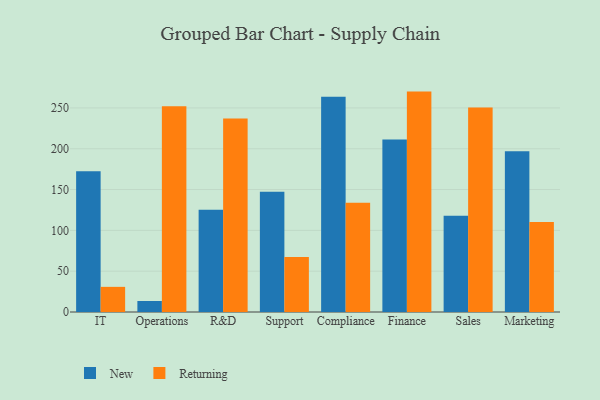
{"axis": {"x": "Department", "y": "Page Views"}, "legend": ["New", "Returning"], "data": [{"x": "IT", "y": 172.5, "type": "New"}, {"x": "IT", "y": 30.8, "type": "Returning"}, {"x": "Operations", "y": 13.5, "type": "New"}, {"x": "Operations", "y": 252.0, "type": "Returning"}, {"x": "R&D", "y": 125.4, "type": "New"}, {"x": "R&D", "y": 237.1, "type": "Returning"}, {"x": "Support", "y": 147.4, "type": "New"}, {"x": "Support", "y": 67.3, "type": "Returning"}, {"x": "Compliance", "y": 263.6, "type": "New"}, {"x": "Compliance", "y": 133.8, "type": "Returning"}, {"x": "Finance", "y": 211.2, "type": "New"}, {"x": "Finance", "y": 270.0, "type": "Returning"}, {"x": "Sales", "y": 117.9, "type": "New"}, {"x": "Sales", "y": 250.4, "type": "Returning"}, {"x": "Marketing", "y": 196.8, "type": "New"}, {"x": "Marketing", "y": 110.3, "type": "Returning"}]}